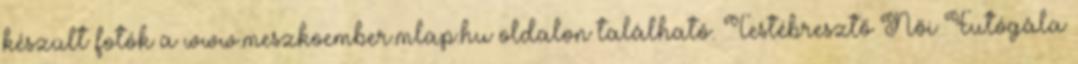
készült fotók a www.meszkoember.mlap.hu oldalon található. Testébresztő Női Futógála